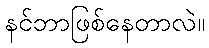
နင်ဘာဖြစ်နေတာလဲ။